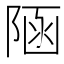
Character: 𨺂